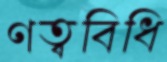
ণত্ববিধি